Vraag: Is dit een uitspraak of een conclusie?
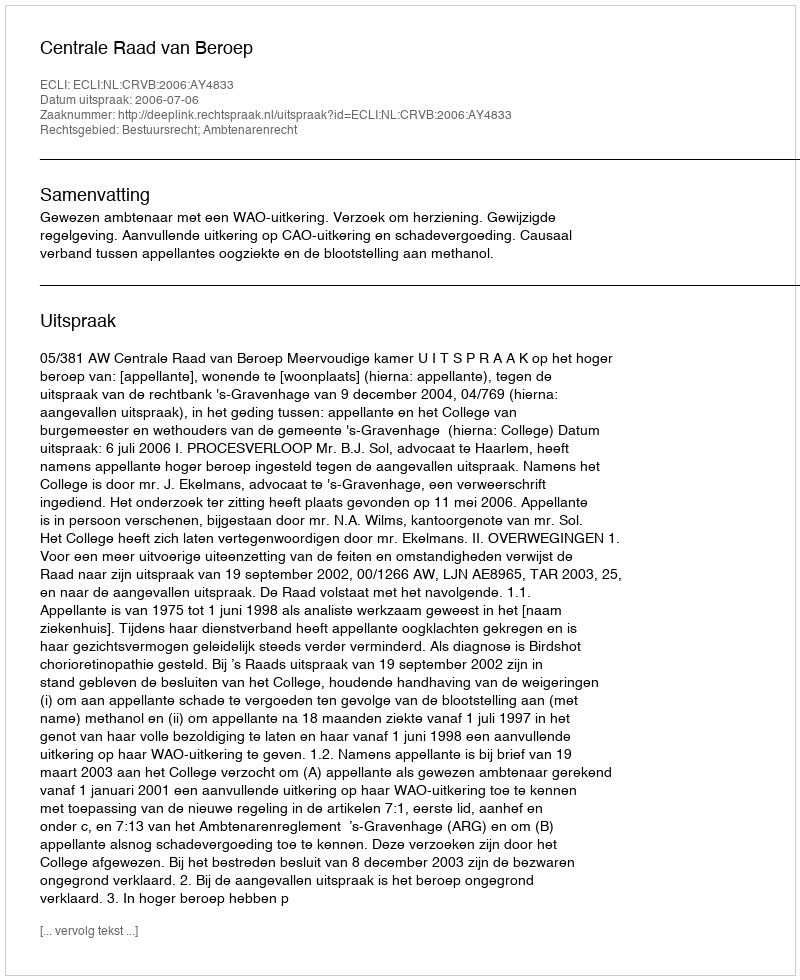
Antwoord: Uitspraak